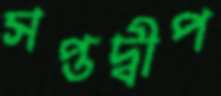
সপ্তদ্বীপ